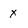
Character: x